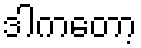
ဒါကတော့